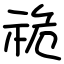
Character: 祪